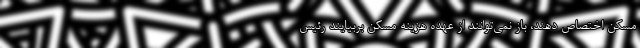
مسکن اختصاص دهند، باز نمی‌توانند از عهده هزینه مسکن بربیایند رئیس